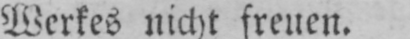
Werkes nicht freuen.